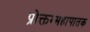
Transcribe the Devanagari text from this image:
प्रोक्तम्महापातक